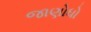
જાણોધો